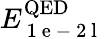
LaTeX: E_{\mathrm{~1~e~-~2~l~}}^{\mathrm{QED}}